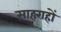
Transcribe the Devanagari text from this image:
स़ाहराहों